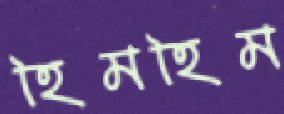
হিমহিম